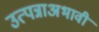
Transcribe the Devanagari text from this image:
उत्पन्नाअभावी